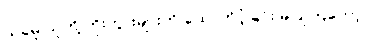
ယခုမူ သူတို့ ဘိုးဘွားများကို ထောက်ပံ့ခြင်း မပြုကြတော့။